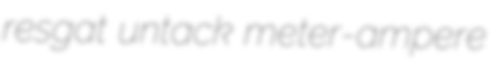
resgat untack meter-ampere